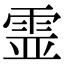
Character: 𩂳